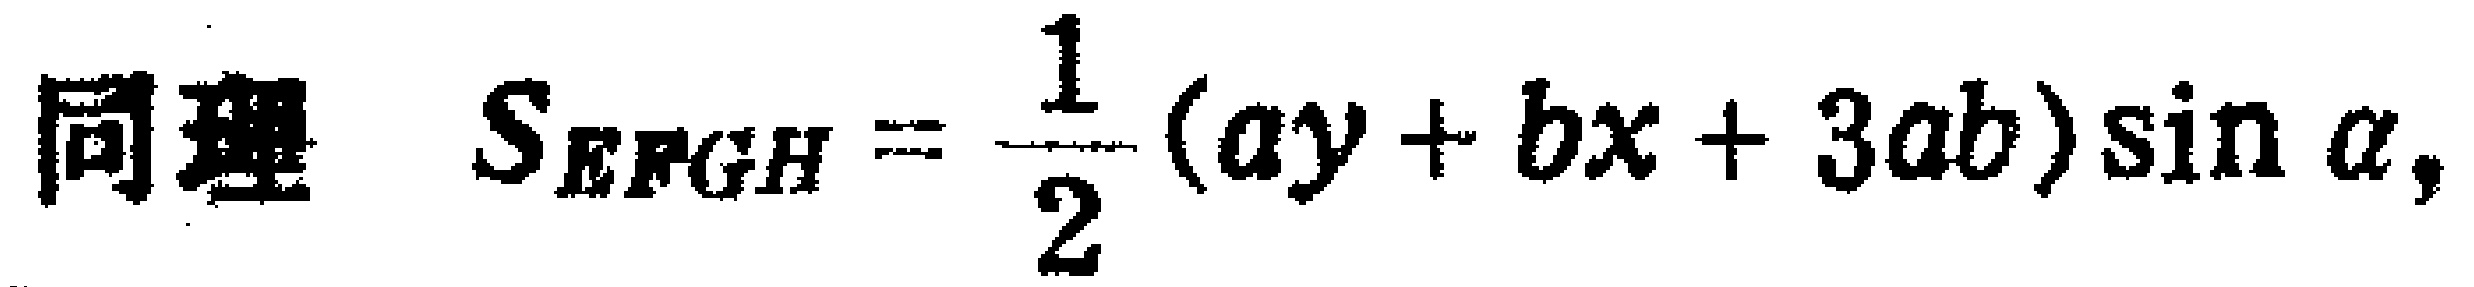
同理 \(S_{EFGH}=\frac{1}{2}(ay + bx + 3ab)\sin\alpha\)，